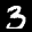
Label: 3